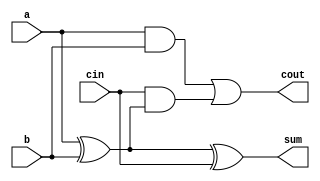
`timescale 1ns / 1ps

module fa_df(input a,b,cin,output cout,sum);
    assign sum = a^b^cin;
    assign cout = (a&b)|(cin&(a^b));
endmodule

module bwa(input signed [3:0]a,b,output[7:0]p);
    wire w1,w2,w3,w4,w5,w6,w7,w8,w9,w10,w11,w12,w13,w14,w15,w16,w17;
    wire q;
    assign p[0] = a[0]&b[0];

    fa_df fa1 ((a[0]&b[1]),(a[1]&b[0]),1'b0,w1,p[1]);
    fa_df fa2 ((a[2]&b[0]),(a[1]&b[1]),1'b0,w2,w10);
    fa_df fa3 ((~(a[3]&b[0])),(a[2]&b[1]),1'b0,w3,w11);
    
    fa_df fa4 ((a[0]&b[2]),w10,w1,w4,p[2]);
    fa_df fa5 ((a[1]&b[2]),w11,w2,w5,w12);
    fa_df fa6 ((~(a[3]&b[1])),(a[2]&b[2]),w3,w6,w13);
    
    fa_df fa7 ((~(a[0]&b[3])),w12,w4,w7,p[3]);
    fa_df fa8 ((~(a[1]&b[3])),w13,w5,w8,w14);
    fa_df fa9 ((~(a[3]&b[2])),(~(a[2]&b[3])),w6,w9,w15);
    
    fa_df fa10 (w14,w7,1'b1,w16,p[4]);
    fa_df fa11 (w15,w8,w16,w17,p[5]);
    fa_df fa12 ((a[3]&b[3]),w9,w17,q,p[6]);
    
    assign p[7] = ~q;
endmodule